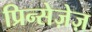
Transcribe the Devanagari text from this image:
प्रिन्सेज़ेज़